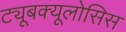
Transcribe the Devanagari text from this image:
ट्यूबक्यूलोसिस